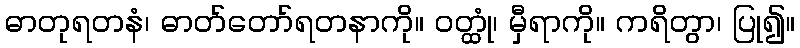
ဓာတုရတနံ၊ ဓာတ်တော်ရတနာကို။ ဝတ္ထုံ၊ မှီရာကို။ ကရိတွာ၊ ပြု၍။